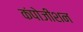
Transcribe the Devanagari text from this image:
कंपोजीशन